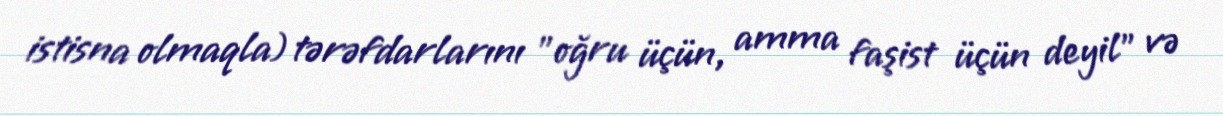
istisna olmaqla) tərəfdarlarını "oğru üçün, amma faşist üçün deyil" və